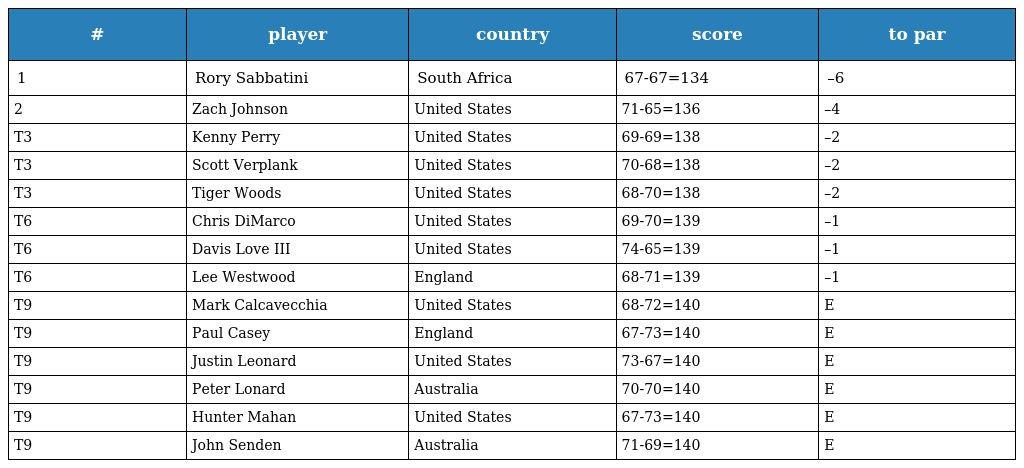
| # | player | country | score | to par |
 | --- | --- | --- | --- | --- |
 | 1 | Rory Sabbatini | South Africa | 67-67=134 | –6 |
 | 2 | Zach Johnson | United States | 71-65=136 | –4 |
 | T3 | Kenny Perry | United States | 69-69=138 | –2 |
 | T3 | Scott Verplank | United States | 70-68=138 | –2 |
 | T3 | Tiger Woods | United States | 68-70=138 | –2 |
 | T6 | Chris DiMarco | United States | 69-70=139 | –1 |
 | T6 | Davis Love III | United States | 74-65=139 | –1 |
 | T6 | Lee Westwood | England | 68-71=139 | –1 |
 | T9 | Mark Calcavecchia | United States | 68-72=140 | E |
 | T9 | Paul Casey | England | 67-73=140 | E |
 | T9 | Justin Leonard | United States | 73-67=140 | E |
 | T9 | Peter Lonard | Australia | 70-70=140 | E |
 | T9 | Hunter Mahan | United States | 67-73=140 | E |
 | T9 | John Senden | Australia | 71-69=140 | E |